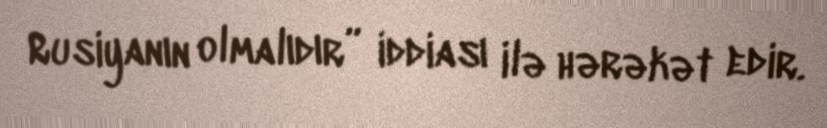
Rusiyanın olmalıdır” iddiası ilə hərəkət edir.